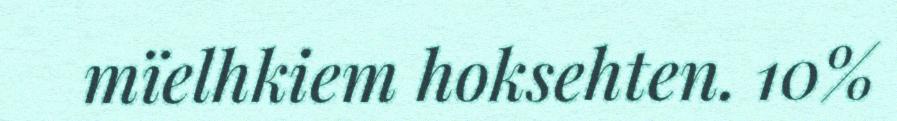
mïelhkiem hoksehten. 10%